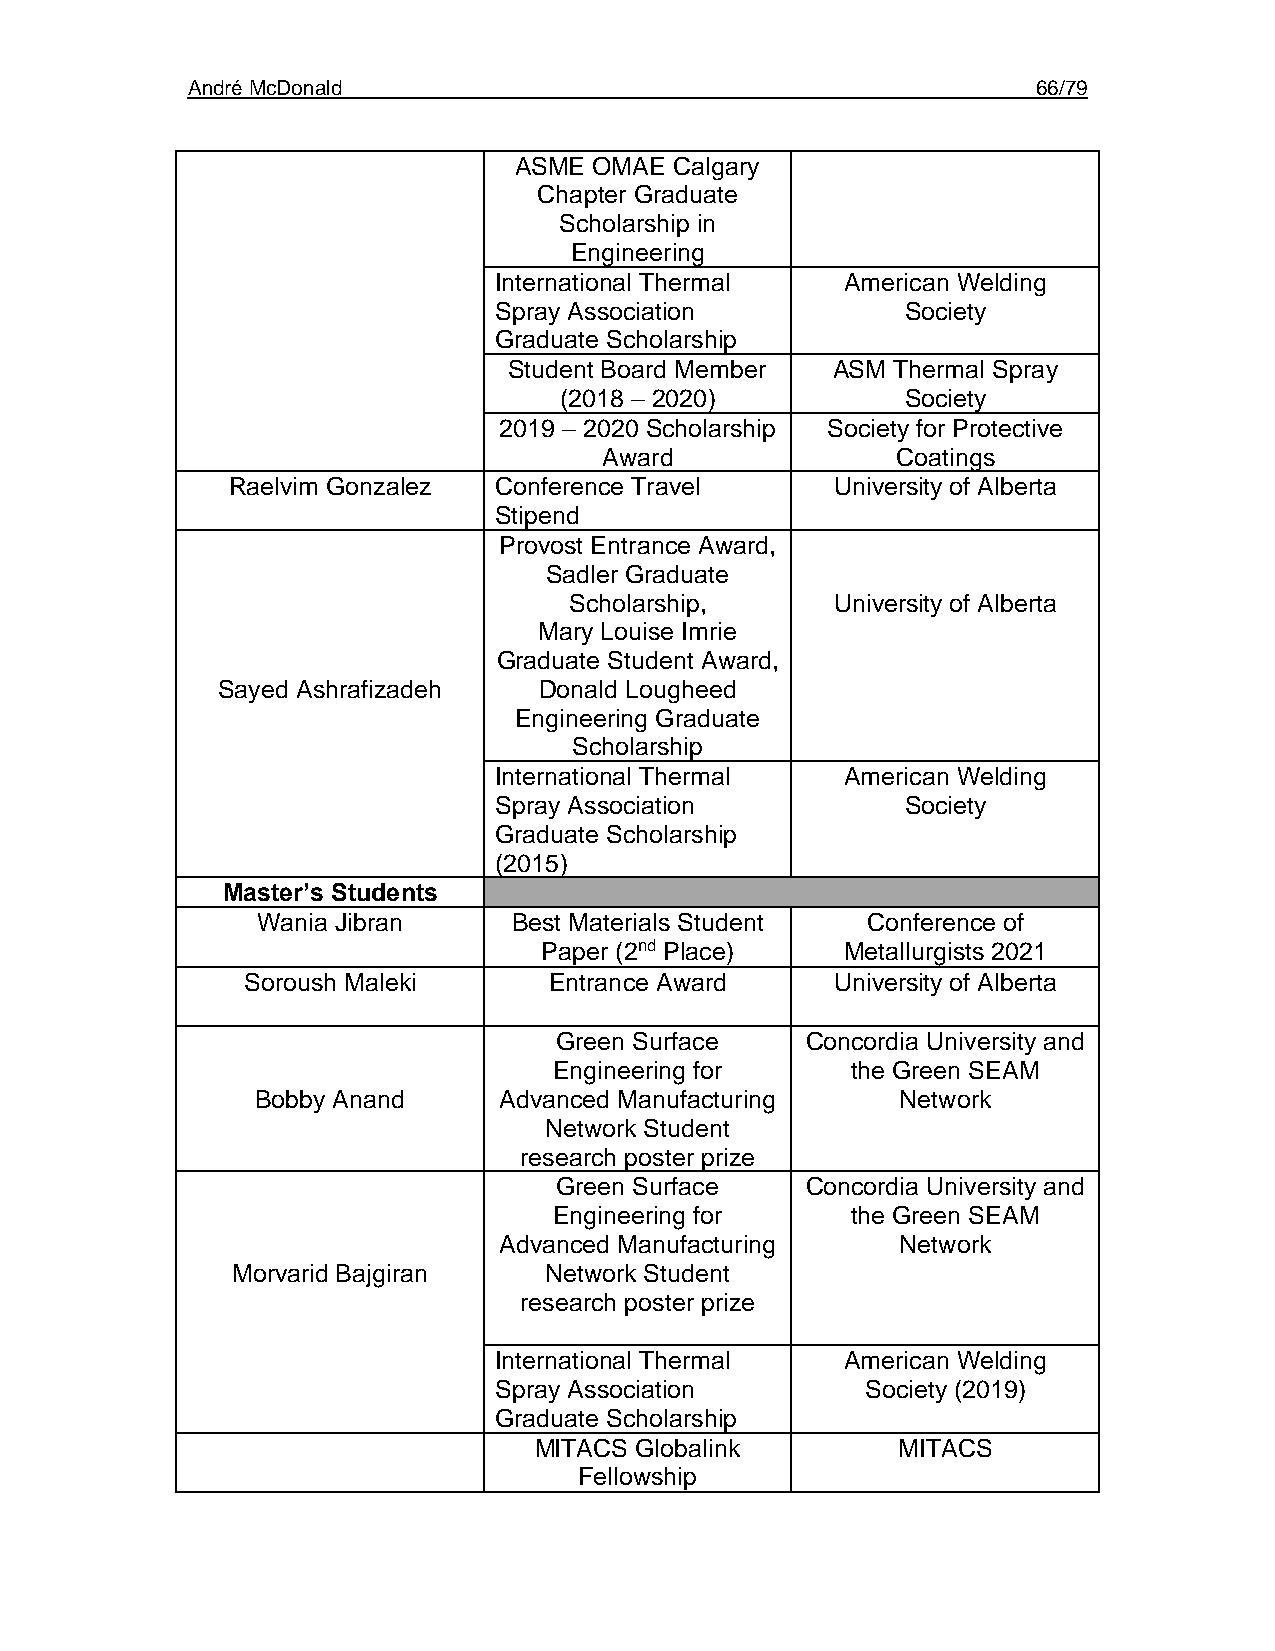
André McDonald                                           66/79
 ASME OMAE  Calgary
 Chapter Graduate
 Scholarship in
 Engineering
 International Thermal  American Welding
 Spray Association          Society
 Graduate Scholarship
 Student Board Member ASM Thermal Spray
 (2018 – 2020)          Society
 2019 – 2020 Scholarship Society for Protective
 Award              Coatings
 Raelvim Gonzalez  Conference Travel     University of Alberta
 Stipend
 Provost Entrance Award,
 Sadler Graduate
 Scholarship,     University of Alberta
 Mary Louise Imrie
 Graduate Student Award,
 Sayed Ashrafizadeh    Donald Lougheed
 Engineering Graduate
 Scholarship
 International Thermal  American Welding
 Spray Association          Society
 Graduate Scholarship
 (2015)
 Master’s Students
 Wania Jibran     Best Materials Student Conference of
 Paper (2nd Place)   Metallurgists 2021
 Soroush Maleki      Entrance Award     University of Alberta
 Green Surface   Concordia University and
 Engineering for    the Green SEAM
 Bobby Anand     Advanced Manufacturing     Network
 Network Student
 research poster prize
 Green Surface   Concordia University and
 Engineering for    the Green SEAM
 Advanced Manufacturing     Network
 Morvarid Bajgiran    Network Student
 research poster prize
 International Thermal  American Welding
 Spray Association       Society (2019)
 Graduate Scholarship
 MITACS Globalink        MITACS
 Fellowship